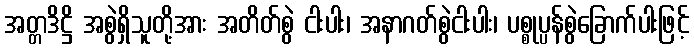
အတ္တဒိဋ္ဌိ အစွဲရှိသူတို့အား အတိတ်စွဲ ငါးပါး၊ အနာဂတ်စွဲငါးပါး၊ ပစ္စုပ္ပန်စွဲခြောက်ပါးဖြင့်